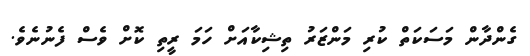
ގެންދާން މަސަކަތް ކުރި މަންޒަރު ތިޝިކާއަށް ހަމަ ރީތި ކޮށް ވެސް ފެނުނެވެ.